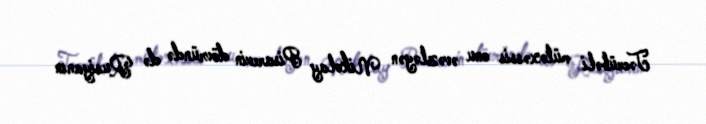
Təcrübəli mütəxəssis onu əvəzləyən Nikolay Pisarevin dövründə də Rusiyanın